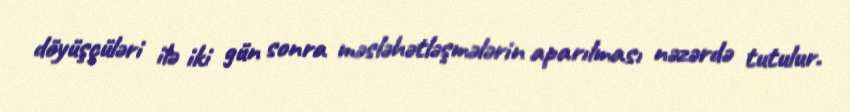
döyüşçüləri ilə iki gün sonra məsləhətləşmələrin aparılması nəzərdə tutulur.